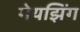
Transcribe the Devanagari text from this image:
गेयझिंग